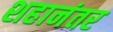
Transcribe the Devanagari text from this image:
शहानंतर